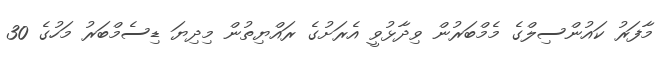
މާފަރު ކައުންސިލްގެ މެމްބަރުން ވިދާޅުވީ އެރަށުގެ ރައްޔިތުން މިދިޔަ ޑިސެމްބަރު މަހުގެ 30